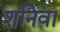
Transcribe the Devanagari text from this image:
शनिवा